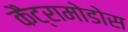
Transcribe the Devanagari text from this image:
कैट्रामोडोस